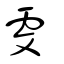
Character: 雯